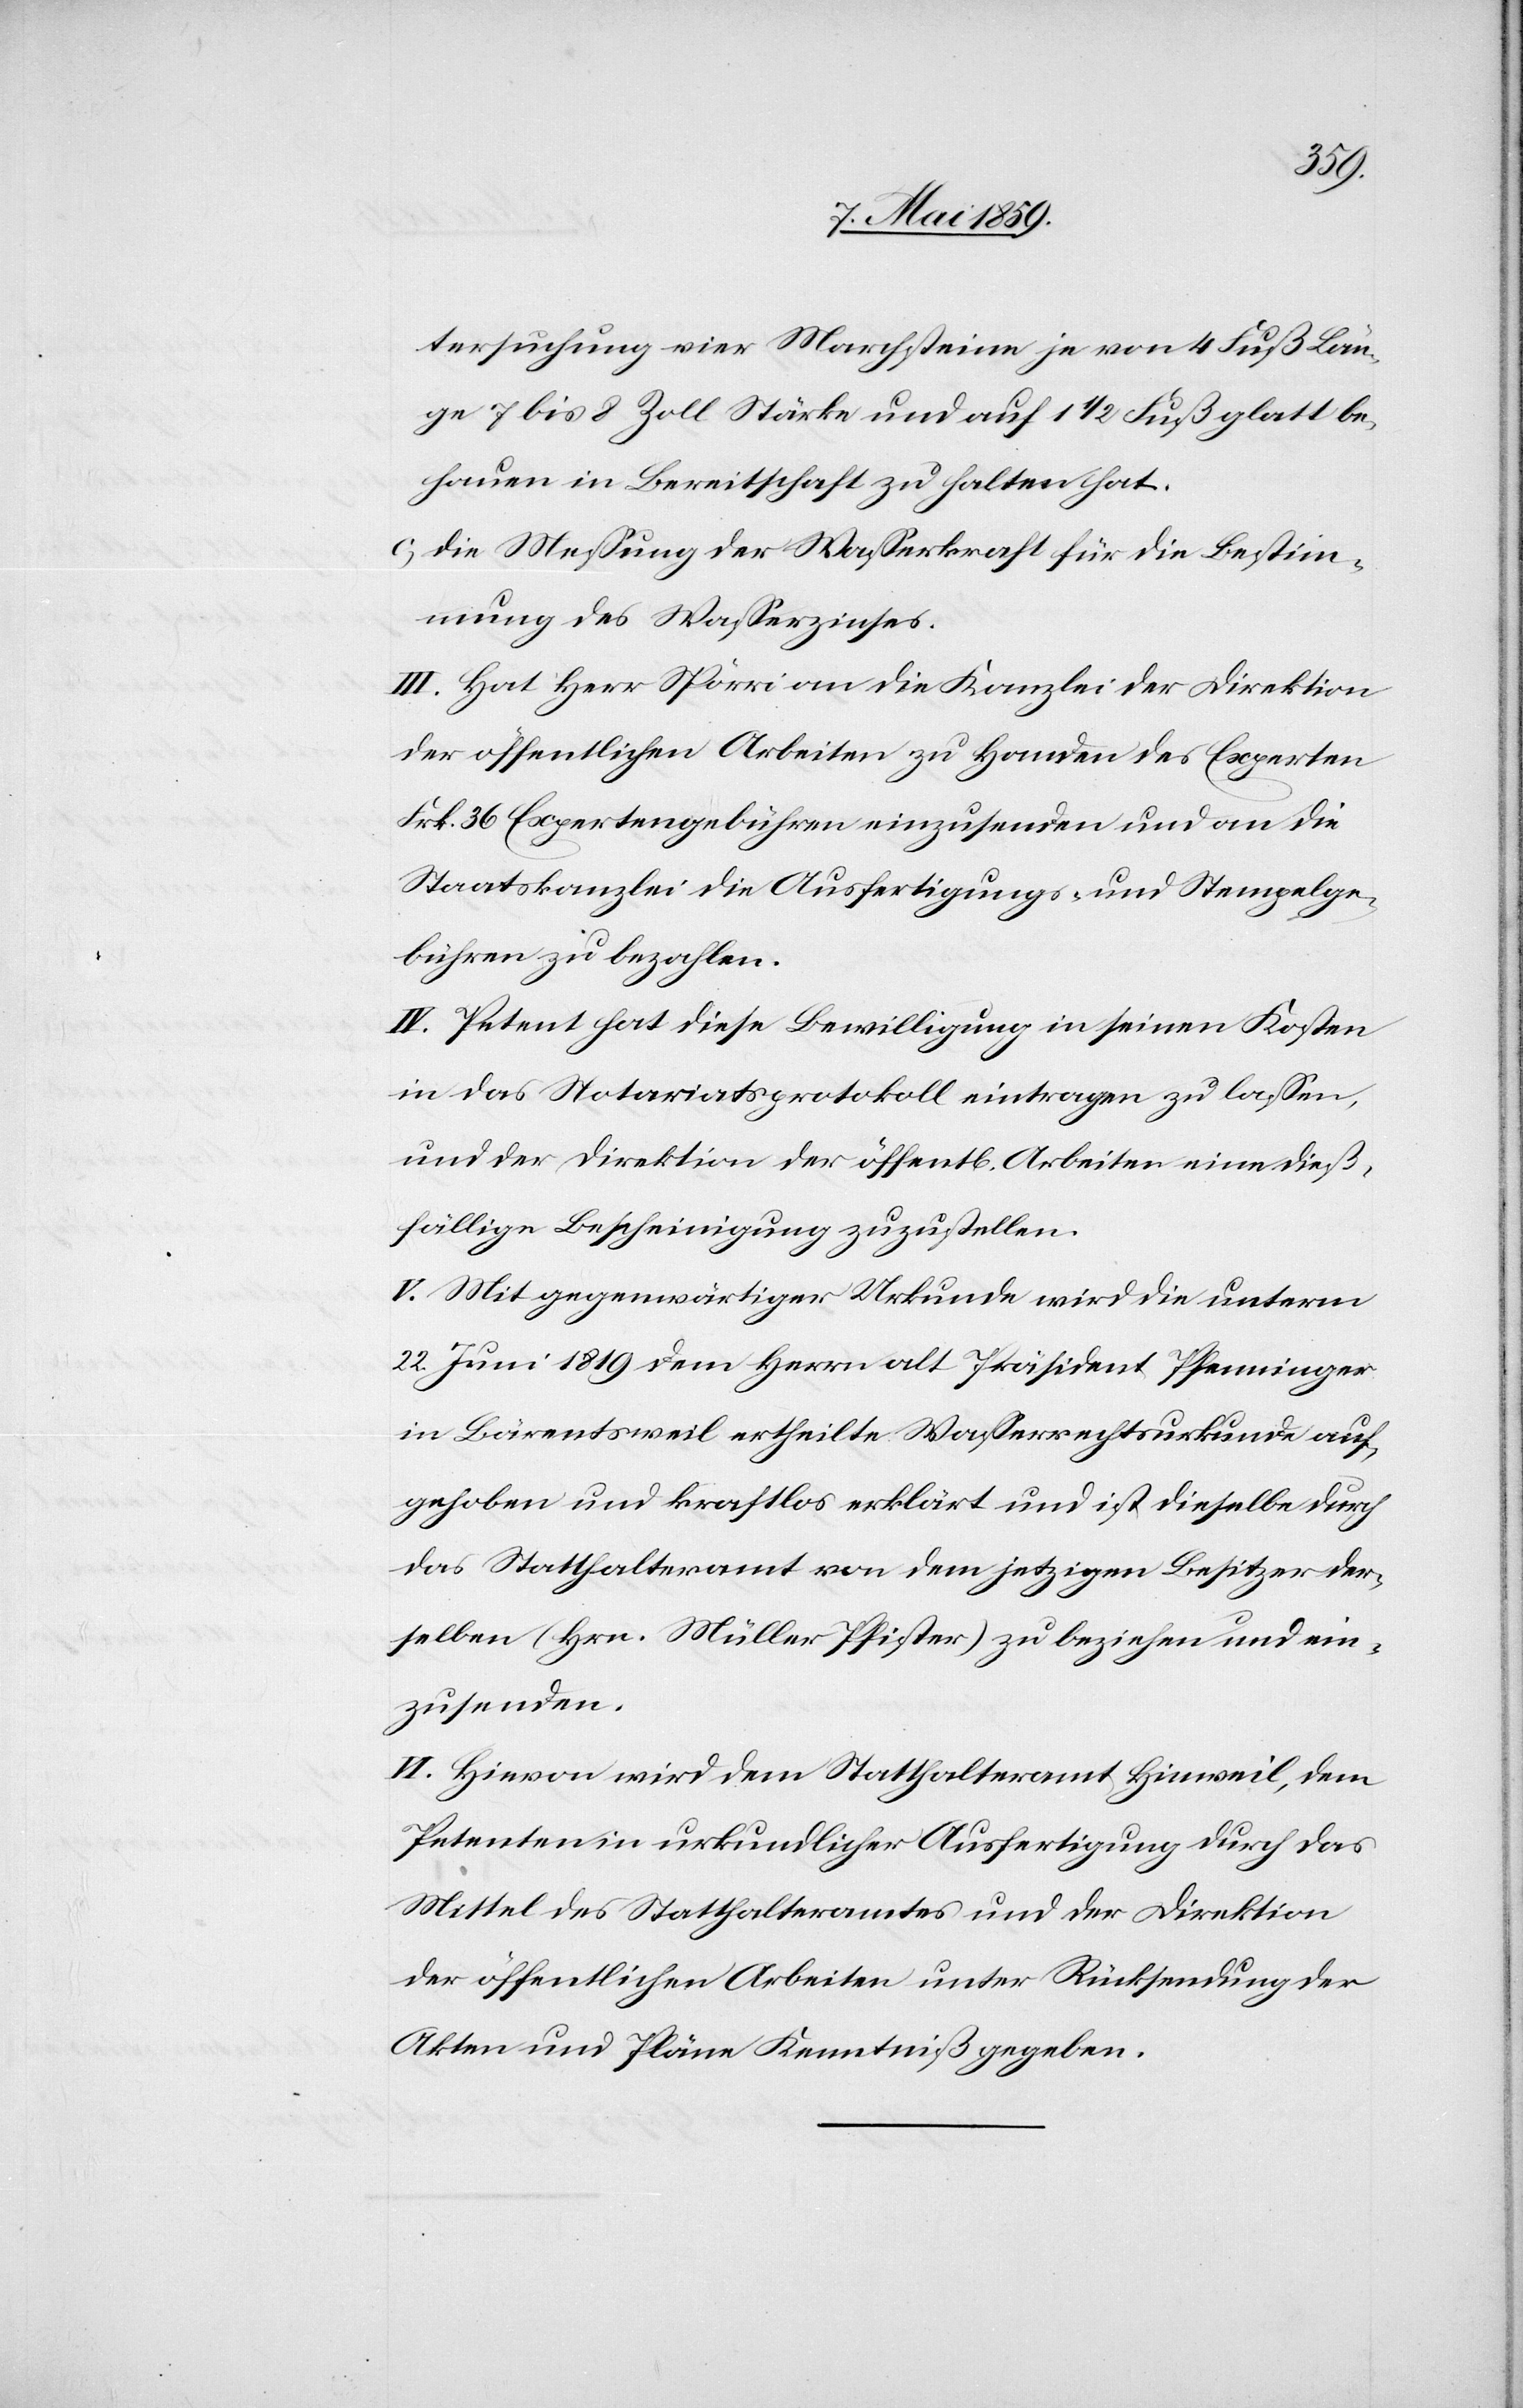
tersuchung vier Marchsteine je von 4 Fuß Län¬
ge 7 bis 8 Zoll Stärke und auf 1 1/2 Fuß glatt be¬
hauen in Bereitschaft zu halten hat.
c) die Meßung der Waßerkraft für die Bestim¬
mung des Waßerzinses.
III. Hat Herr Spörri an die Kanzlei der Direktion
der öffentlichen Arbeiten zu Handen des Experten
Frk. 36 Expertengebühren einzusenden und an die
Staatskanzlei die Ausfertigungs- und Stempelge¬
bühren zu bezahlen.
IV. Petent hat diese Bewilligung in seinen Kosten
in das Notariatsprotokoll eintragen zu laßen,
und der Direktion der öffentl. Arbeiten eine dieß¬
fällige Bescheinigung zuzustellen.
V. Mit gegenwärtiger Urkunde wird die unterm
22. Juni 1819 dem Herrn alt Präsident Pfenninger
in Bärentsweil ertheilte Waßerrechtsurkunde auf¬
gehoben und kraftlos erklärt und ist dieselbe durch
das Statthalteramt von dem jetzigen Besitzer der¬
selben (Hrn. Müller Pfister) zu beziehen und ein¬
zusenden.
IV. Hievon wird dem Statthalteramt Hinweil, dem
Petenten in urkundlicher Ausfertigung durch das
Mittel des Statthalteramtes und der Direktion
der öffentlichen Arbeiten unter Rücksendung der
Akten und Pläne Kenntniß gegeben.